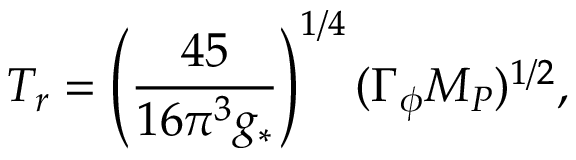
T _ { r } = \left( \frac { 4 5 } { 1 6 \pi ^ { 3 } g _ { * } } \right) ^ { 1 / 4 } ( \Gamma _ { \phi } M _ { P } ) ^ { 1 / 2 } ,